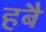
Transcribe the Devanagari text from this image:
हबै